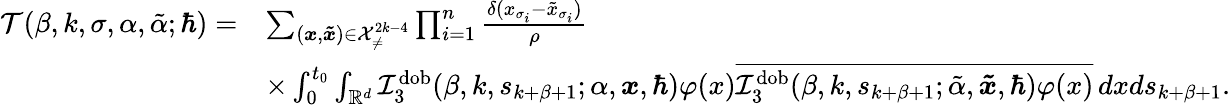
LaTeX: \begin{array}{rl}{\mathcal{T}(\beta,k,\sigma,\alpha,\tilde{\alpha};\hbar)=}&{\sum_{(\boldsymbol{x},\boldsymbol{\tilde{x}})\in\mathcal{X}_{\neq}^{2k-4}}\prod_{i=1}^{n}\frac{\delta(x_{\sigma_{i}}-\tilde{x}_{\sigma_{i}})}{\rho}}\\ &{\times\int_{0}^{t_{0}}\int_{\mathbb{R}^{d}}\mathcal{I}_{3}^{\mathrm{dob}}(\beta,k,s_{k+\beta+1};\alpha,\boldsymbol{x},\hbar)\varphi(x)\overline{{\mathcal{I}_{3}^{\mathrm{dob}}(\beta,k,s_{k+\beta+1};\tilde{\alpha},\boldsymbol{\tilde{x}},\hbar)\varphi(x)}}\, dxds_{k+\beta+1}.}\end{array}